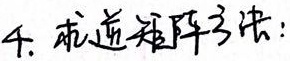
4. 求逆矩阵方法：